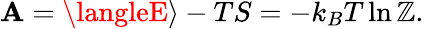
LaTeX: \mathbf{A}=\langleE\rangle-TS=-k_{B}T\ln\mathbb{Z}.